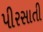
પીરસાતી